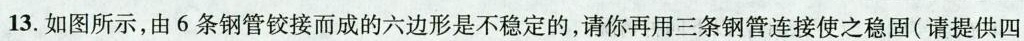
13.如图所示，由6条钢管铰接而成的六边形是不稳定的，请你再用三条钢管连接使之稳固(请提供四